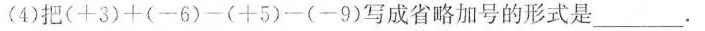
(4)把$$( + 3 ) + ( - 6 ) - ( + 5 ) - ( - 9 )$$写成省略加号的形式是___。